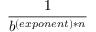
\frac { 1 } { b ^ { ( e x p o n e n t ) * n } }